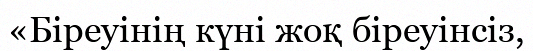
«Біреуінің күні жоқ біреуінсіз,